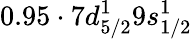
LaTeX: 0.95\cdot 7d_{5/2}^{1}9s_{1/2}^{1}